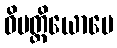
ဝိပတ္တိယောပေ